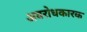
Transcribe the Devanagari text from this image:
अवरोधकारक